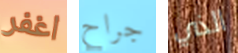
اغفر جراح الذي